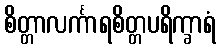
စိတ္တာလင်္ကာရစိတ္တပရိက္ခာရံ